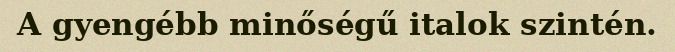
A gyengébb minőségű italok szintén.